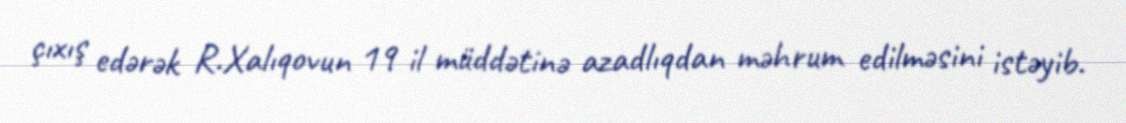
çıxış edərək R.Xalıqovun 19 il müddətinə azadlıqdan məhrum edilməsini istəyib.